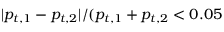
| p _ { t , 1 } - p _ { t , 2 } | / ( p _ { t , 1 } + p _ { t , 2 } < 0 . 0 5